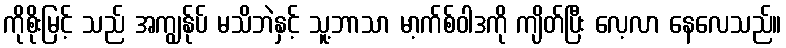
ကိုစိုးမြင့် သည် အကျွန်ုပ် မသိဘဲနှင့် သူ့ဘာသာ မာ့က်စ်ဝါဒကို ကျိတ်ပြီး လေ့လာ နေလေသည်။